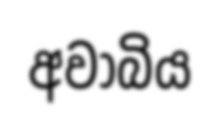
අවාබිය